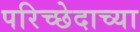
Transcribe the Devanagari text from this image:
परिच्छेदाच्या